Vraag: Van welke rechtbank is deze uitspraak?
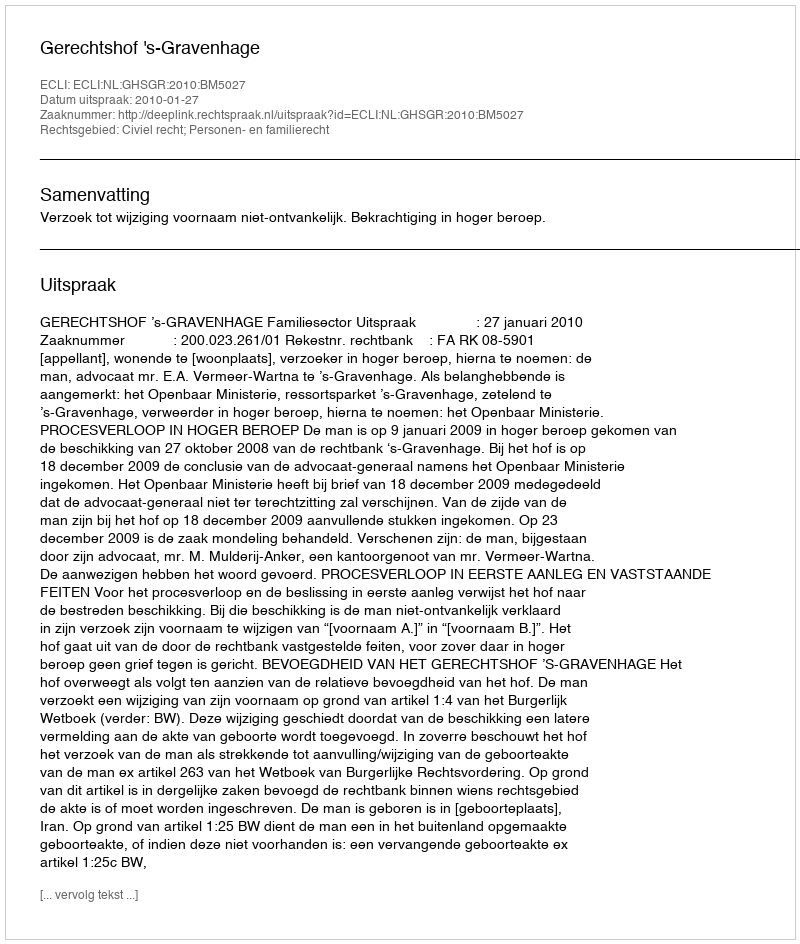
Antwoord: Gerechtshof 's-Gravenhage